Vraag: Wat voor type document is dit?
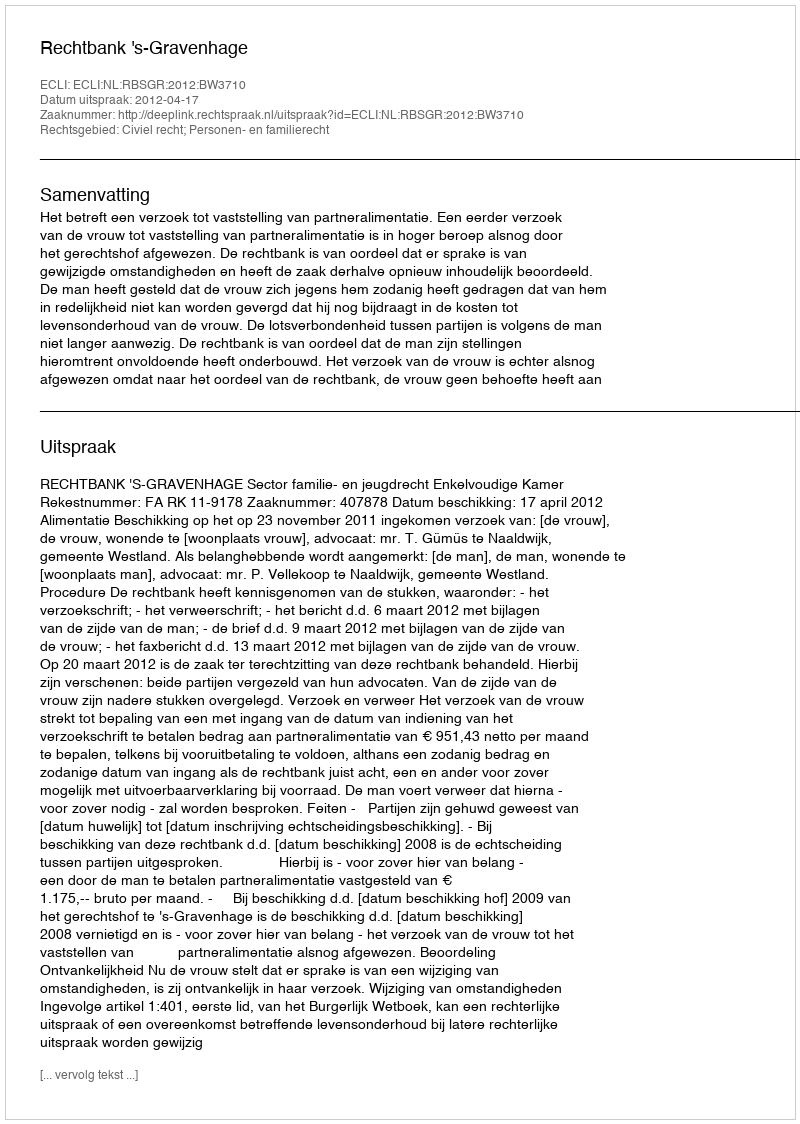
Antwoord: Uitspraak